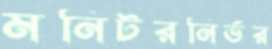
মনিটরনির্ভর